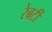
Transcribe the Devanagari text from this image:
रेबर्टी